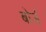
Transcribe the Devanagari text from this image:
बोर्ज